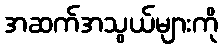
အဆက်အသွယ်များကို